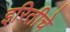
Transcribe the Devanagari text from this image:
इरितीचे